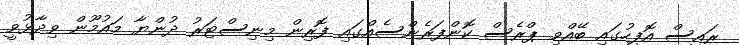
ރައީސް އޮފީހުގައި ބޭއްވި ޕްރެސް ކޮންފަރެންސެއްގައި ފޮރިން މިނިސްޓަރު ދުންޔާ މައުމޫން ވިދާޅުވީ